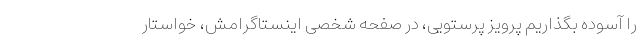
را آسوده بگذاریم پرویز پرستویی، در صفحه شخصی اینستاگرامش، خواستار